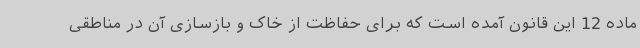
ماده 12 این قانون آمده است که برای حفاظت از خاک و بازسازی آن در مناطقی